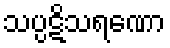
သပ္ပဋိသရဏော